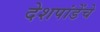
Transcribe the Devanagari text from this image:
देशपांडेंचे